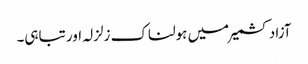
آزاد کشمیر میں ہولناک زلزلہ اور تباہی۔